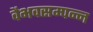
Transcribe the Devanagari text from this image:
वैभवसम्पन्न